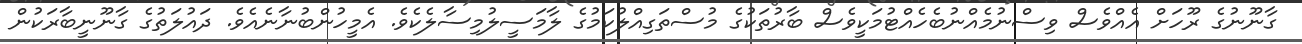
ގާނޫނުގެ ރޫހަށް އެއްވެސް ވިސްނުމެއްނުބެހެއްޓުމަކީވެސް ބާރުތަކުގެ މުސްތަގިއްލުކަމުގެ ލާމަސީލުމިސާލެކެވެ. އެމީހުންބުނާނެއެވެ. ދައުލަތުގެ ގާނޫނީބާރަކުން